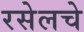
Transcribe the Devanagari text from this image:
रसेलचे